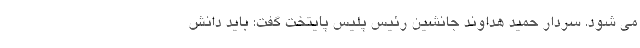
می شود. سردار حمید هداوند جانشین رئیس پلیس پایتخت گفت: باید دانش